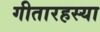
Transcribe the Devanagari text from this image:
गीतारहस्या